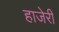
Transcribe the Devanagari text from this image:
हाजेरी